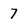
Character: 7